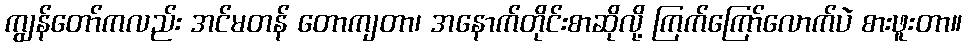
ကျွန်တော်ကလည်း အင်မတန် တောကျတာ၊ အနောက်တိုင်းစာဆိုလို့ ကြက်ကြော်လောက်ပဲ စားဖူးတာ။